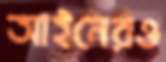
আইনেরও